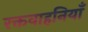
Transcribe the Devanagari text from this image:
रक्तवाहनियाँ